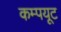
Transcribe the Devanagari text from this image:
कम्पयूट